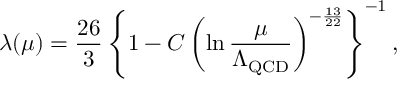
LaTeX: \lambda ( \mu ) = \frac { 2 6 } { 3 } \left\{ 1 - C \left( \ln \frac { \mu } { \Lambda _ { \mathrm { Q C D } } } \right) ^ { - \frac { 1 3 } { 2 2 } } \right\} ^ { - 1 } ,